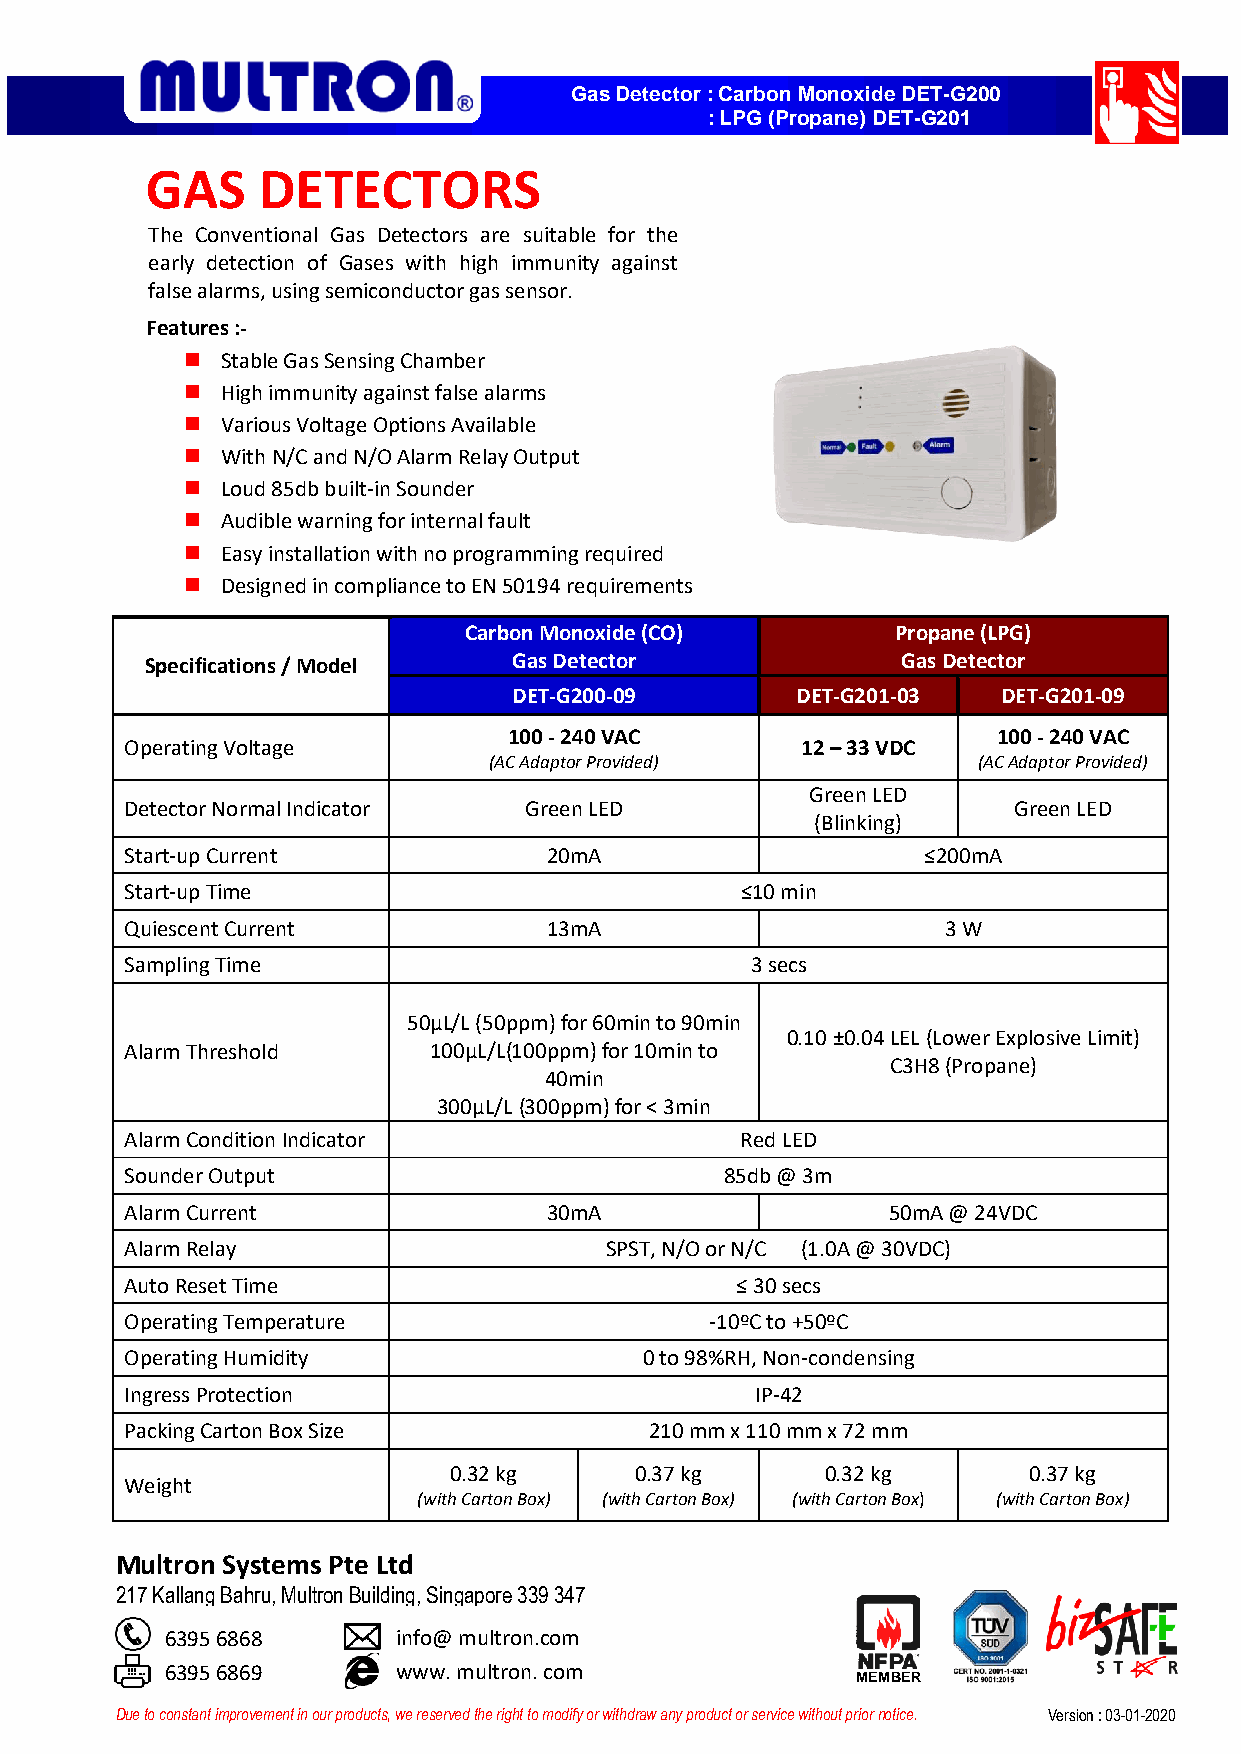
Gas Detector : Carbon Monoxide DET-G200
 : LPG (Propane) DET-G201
 GAS    DETECTORS
 The Conventional Gas Detectors are suitable for the
 early detection of Gases with high immunity against
 false alarms, using semiconductor gas sensor.
 Features :-
   Stable Gas Sensing Chamber
   High immunity against false alarms
   Various Voltage Options Available
   With N/C and N/O Alarm Relay Output
   Loud 85db built-in Sounder
   Audible warning for internal fault
   Easy installation with no programming required
   Designed in compliance to EN 50194 requirements
 Carbon Monoxide (CO)        Propane (LPG)
 Specifications / Model  Gas Detector              Gas Detector
 DET-G200-09        DET-G201-03  DET-G201-09
 100 - 240 VAC                   100 - 240 VAC
 Operating Voltage                            12 – 33 VDC
 (AC Adaptor Provided)            (AC Adaptor Provided)
 Green LED
 Detector Normal Indicator  Green LED                       Green LED
 (Blinking)
 Start-up Current            20mA                     ≤200mA
 Start-up Time                            ≤10 min
 Quiescent Current           13mA                      3 W
 Sampling Time                             3 secs
 50µL/L (50ppm) for 60min to 90min
 0.10 ±0.04 LEL (Lower Explosive Limit)
 Alarm Threshold     100µL/L(100ppm) for 10min to
 C3H8 (Propane)
 40min
 300µL/L (300ppm) for < 3min
 Alarm Condition Indicator                Red LED
 Sounder Output                          85db @ 3m
 Alarm Current               30mA                   50mA @ 24VDC
 Alarm Relay                     SPST, N/O or N/C (1.0A @ 30VDC)
 Auto Reset Time                          ≤ 30 secs
 Operating Temperature                  -10ºC to +50ºC
 Operating Humidity                 0 to 98%RH, Non-condensing
 Ingress Protection                        IP-42
 Packing Carton Box Size            210 mm x 110 mm x 72 mm
 0.32 kg     0.37 kg      0.32 kg      0.37 kg
 Weight
 (with Carton Box) (with Carton Box) (with Carton Box) (with Carton Box)
 M ultron Systems Pte Ltd
 217 Kallang Bahru, Multron Building, Singapore 339 347
 6395 6868      info@ multron.com
 6395 6869      www. multron. com
 MEMBER
 Due to constant improvement in our products, we reserved the right to modify or withdraw any product or service without prior notice. Version : 03-01-2020